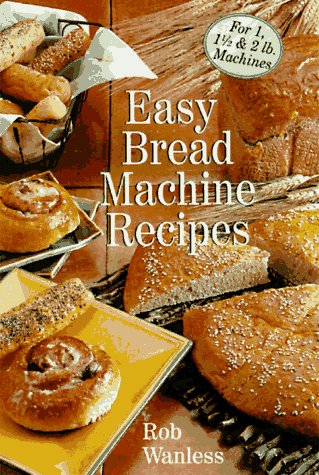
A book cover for Easy Bread Machine Recipes: For 1, 1/2 & 2 Lb. Machines; Rob Wanless; Cookbooks, Food & Wine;